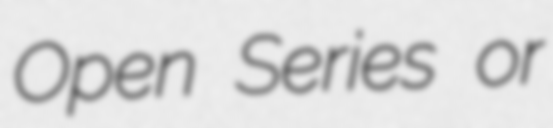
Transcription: Open Series or